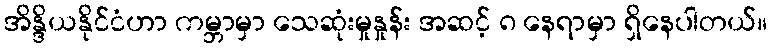
အိန္ဒိယနိုင်ငံဟာ ကမ္ဘာမှာ သေဆုံးမှုနှုန်း အဆင့် ၈ နေရာမှာ ရှိနေပါတယ်။